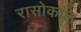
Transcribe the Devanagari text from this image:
रासोकाल